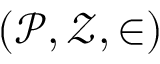
( { \mathcal { P } } , { \mathcal { Z } } , \in )